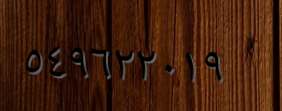
٥٤٩٦٢٢٠١٩